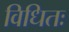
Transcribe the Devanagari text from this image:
विधितः